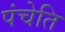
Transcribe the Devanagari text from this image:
पंचेति